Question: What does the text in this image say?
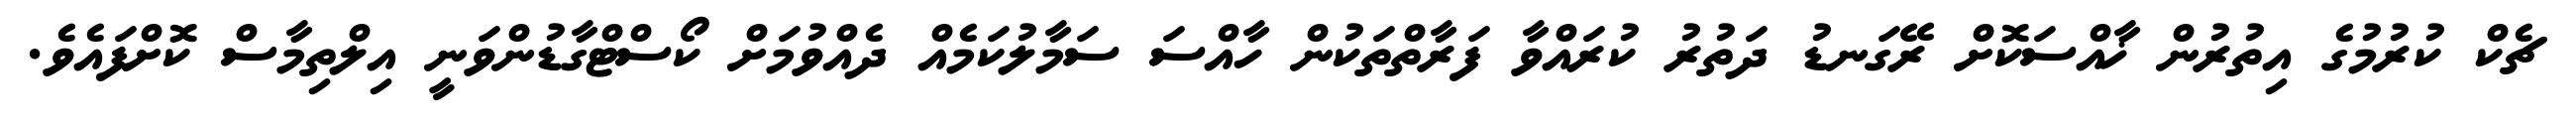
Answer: ޗެކް ކުރުމުގެ އިތުރުން ޚާއްސަކޮށް ރޭގަނޑު ދަތުރު ކުރައްވާ ފަރާތްތަކުން ހާއްސަ ސަމާލުކަމެއް ދެއްވުމަށް ކޯސްޓްގާޑުންވަނީ އިލްތިމާސް ކޮށްފައެވެ.